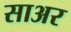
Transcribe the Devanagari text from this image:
साअर